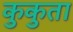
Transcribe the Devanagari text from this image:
कुकुता